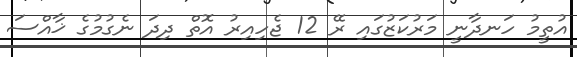
އުތީމު ހަނދާނީ މަރުކަޒުގައި ރޭ 12 ޖެހިއިރު އޮތް ދިދަ ނެގުމުގެ ޚާއްސަ